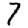
Digit: 7